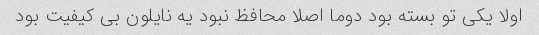
اولا یکی تو بسته بود دوما اصلا محافظ نبود یه نایلون بی کیفیت بود